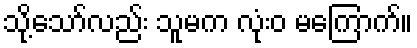
သို့သော်လည်း သူမက လုံးဝ မကြောက်။